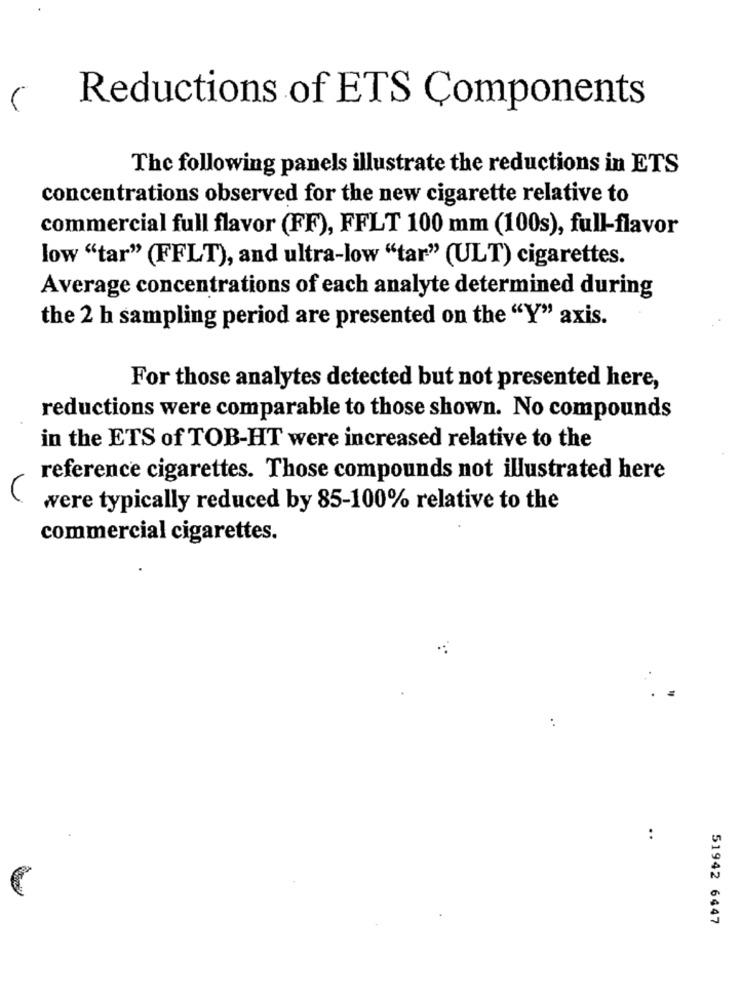
Reductions of ETS Components
The following panels illustrate the reductions in ETS
concentrations observed for the new cigarette relative to
commercial full flavor (FF), FFLT 100 mm (100s), full-flavor
low "tar" (FFLT), and ultra-low "tar" (ULT) cigarettes.
Average concentrations of each analyte determined during
the 2 h sampling period are presented on the "Y" axis.
For those analytes detected but not presented here,
reductions were comparable to those shown. No compounds
in the ETS of TOB-HT were increased relative to the
reference cigarettes. Those compounds not illustrated here
were typically reduced by 85-100% relative to the
commercial cigarettes.
51942 6447